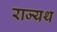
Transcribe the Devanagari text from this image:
राज्यथ